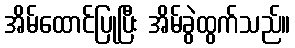
အိမ်ထောင်ပြုပြီး အိမ်ခွဲထွက်သည်။